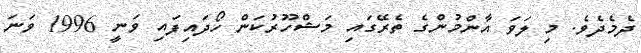
ދެމެދެވެ. މި ލަވަ އާންމުންގެ ތެރޭގައި މަޝްހޫރުކަން ހޯދައިފައި ވަނީ 1996 ވަނަ